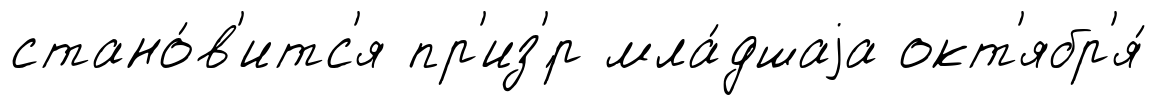
стано́в'итс'я пр'из'́р мла́дшаjа окт'ябр'я́